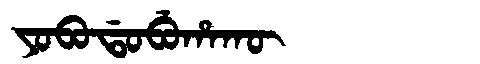
Manchu: ᠶᠣᠪᠣᡩᠣᠪᡠᡥᠠᡴᡡ
Romanization: YOBODOBUHAKŪ